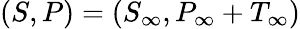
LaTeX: (S,P)=(S_{\infty},P_{\infty}+T_{\infty})